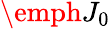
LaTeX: \emph{J}_{0}